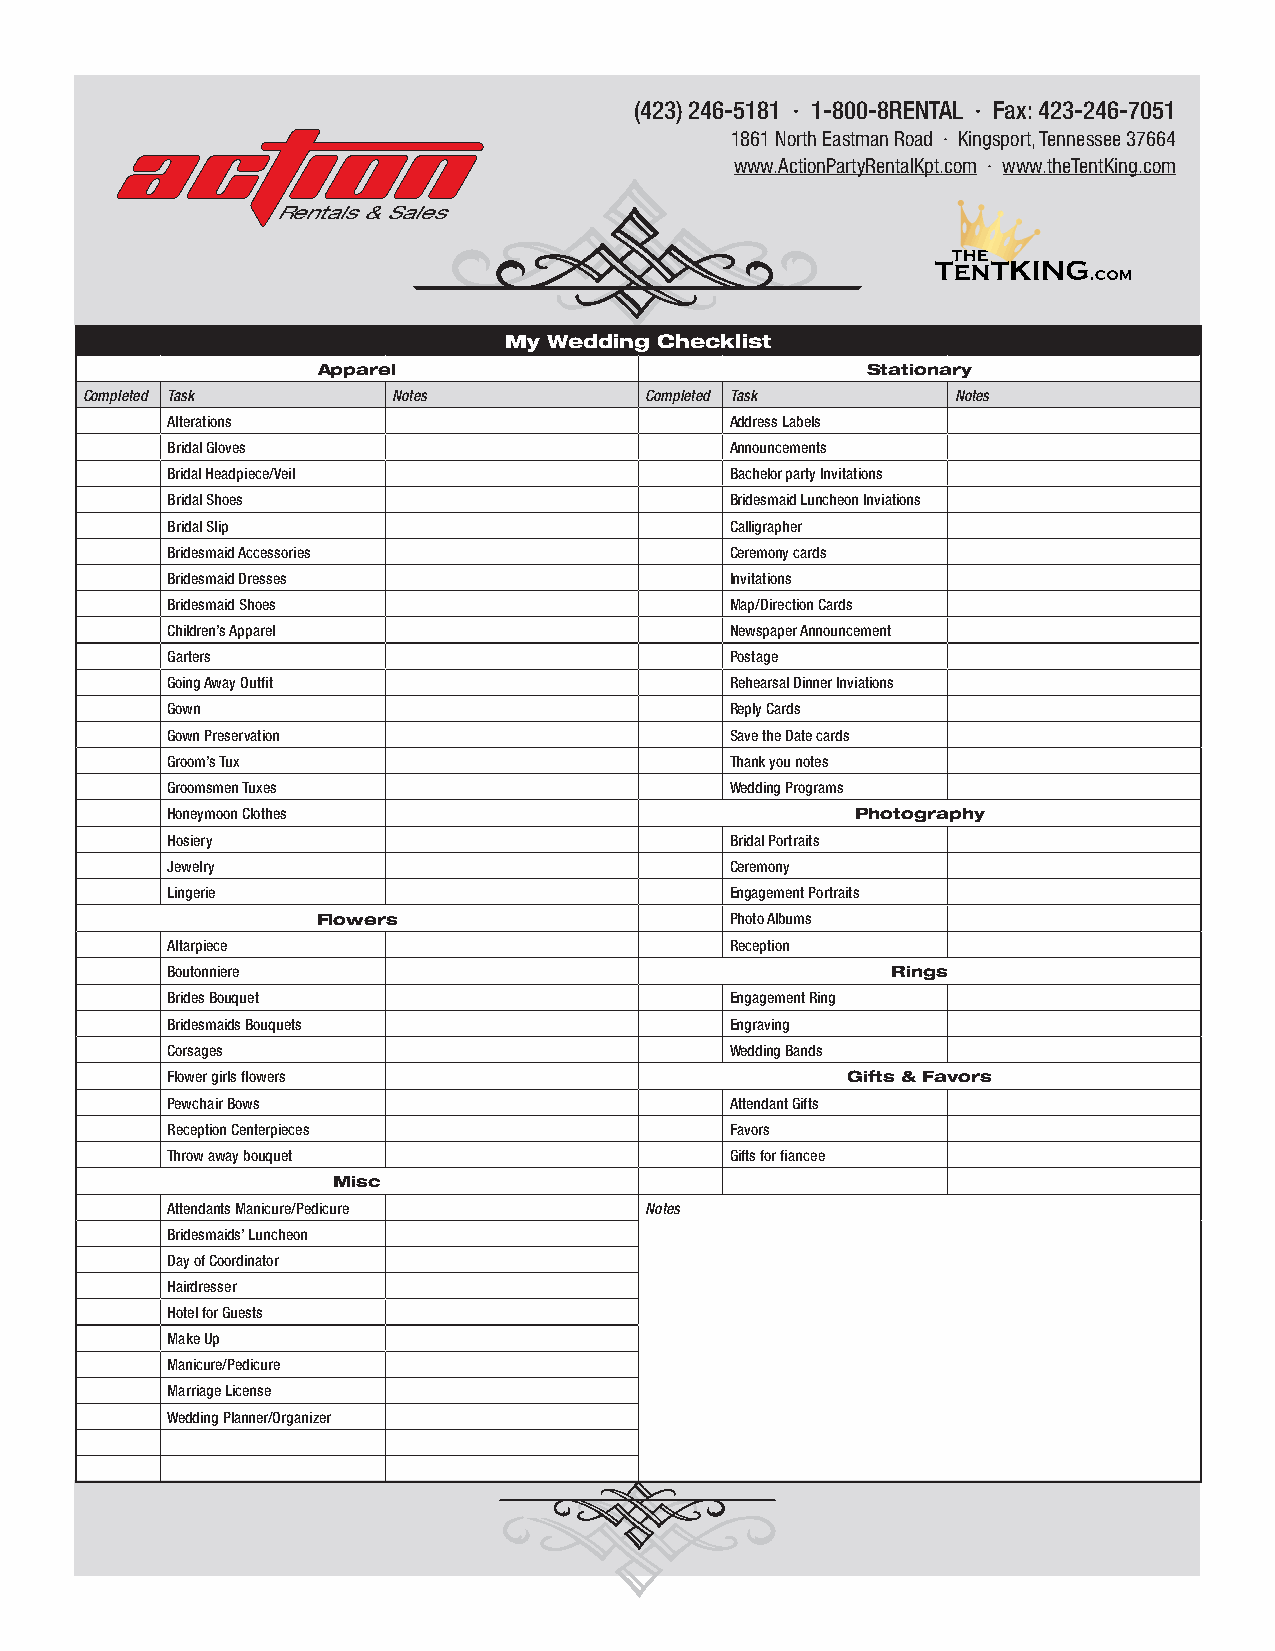
(423) 246-5181 · 1-800-8RENTAL · Fax: 423-246-7051
 1861 North Eastman Road · Kingsport, Tennessee 37664
 www.ActionPartyRentalKpt.com · www.theTentKing.com
 Rentals & Sales
 My Wedding Checklist
 Apparel                             Stationary
 Completed Task       Notes            Completed Task      Notes
 Alterations                          Address Labels
 Bridal Gloves                        Announcements
 Bridal Headpiece/Veil                Bachelor party Invitations
 Bridal Shoes                         Bridesmaid Luncheon Inviations
 Bridal Slip                          Calligrapher
 Bridesmaid Accessories               Ceremony cards
 Bridesmaid Dresses                   Invitations
 Bridesmaid Shoes                     Map/Direction Cards
 Children’s Apparel                   Newspaper Announcement
 Garters                              Postage
 Going Away Outfit                    Rehearsal Dinner Inviations
 Gown                                 Reply Cards
 Gown Preservation                    Save the Date cards
 Groom’s Tux                          Thank you notes
 Groomsmen Tuxes                      Wedding Programs
 Honeymoon Clothes                             Photography
 Hosiery                              Bridal Portraits
 Jewelry                              Ceremony
 Lingerie                             Engagement Portraits
 Flowers                    Photo Albums
 Altarpiece                           Reception
 Boutonniere                                     Rings
 Brides Bouquet                       Engagement Ring
 Bridesmaids Bouquets                 Engraving
 Corsages                             Wedding Bands
 Flower girls flowers                         Gifts & Favors
 Pewchair Bows                        Attendant Gifts
 Reception Centerpieces               Favors
 Throw away bouquet                   Gifts for fiancee
 Misc
 Attendants Manicure/Pedicure    Notes
 Bridesmaids’ Luncheon
 Day of Coordinator
 Hairdresser
 Hotel for Guests
 Make Up
 Manicure/Pedicure
 Marriage License
 Wedding Planner/Organizer